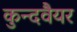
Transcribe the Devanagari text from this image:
कुन्दवैयर